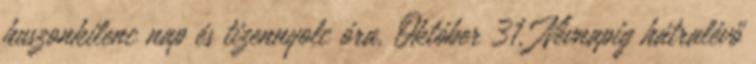
huszonkilenc nap és tizennyolc óra. Október 31. Névnapig hátralévő